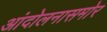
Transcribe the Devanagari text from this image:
आंदोलनासमोर